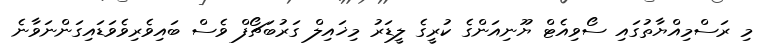
މި ރަސްމިއްޔާތުގައި ސޯވިއެޓް ޔޫނިއަންގެ ކުރީގެ ލީޑަރު މިޚައިލް ގަރުބަޗޯފް ވެސް ބައިވެރިވެވަޑައިގަންނަވާނެ